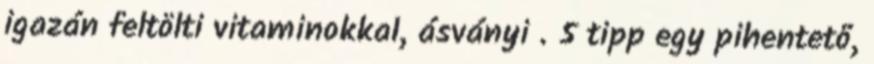
igazán feltölti vitaminokkal, ásványi . 5 tipp egy pihentető,